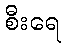
စီးရေ